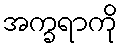
အက္ခရာကို